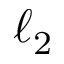
\ell _ { 2 }